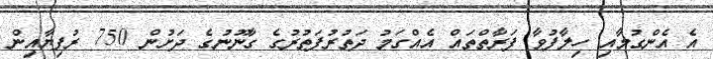
އެ އެންގުމާއި ހިލާފުވާ ފަރާތްތައް އެއްގަމު ދަތުރުފަތުރުގެ ގާނޫނުގެ ދަށުން 750 ރުފިޔާއިން